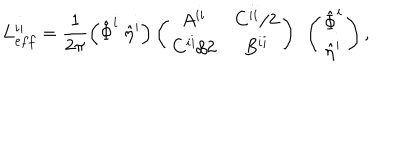
L _ { e f f } ^ { i i } = \frac { 1 } { 2 \pi } \left( \hat { \Phi } ^ { i } ~ \hat { \eta } ^ { i } \right) \left( \begin{array} { c c } { { A ^ { i i } } } & { { C ^ { i i } / 2 } } \\ { { C ^ { i i } / 2 } } & { { B ^ { i i } } } \\ \end{array} \right) ~ \left( \begin{array} { c } { { \hat { \Phi } ^ { i } } } \\ { { \hat { \eta } ^ { i } } } \\ \end{array} \right) ,